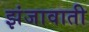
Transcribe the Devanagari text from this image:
झंजावाती